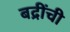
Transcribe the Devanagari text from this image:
बद्रींची